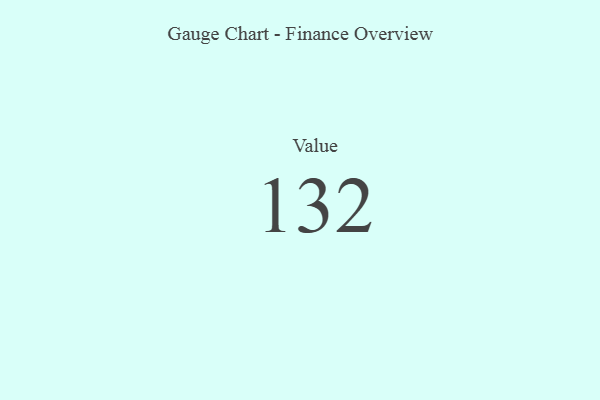
{"axis": {"x": "Metric", "y": "Value"}, "legend": [""], "data": [{"x": "Value", "y": 132, "type": ""}]}